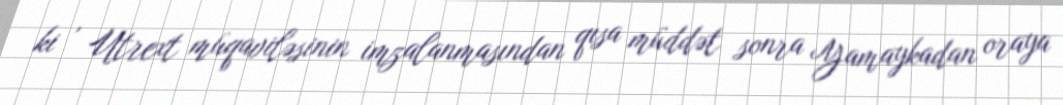
ki , Utrext müqaviləsinin imzalanmasından qısa müddət sonra Yamaykadan oraya